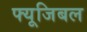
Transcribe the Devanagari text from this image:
फ्यूजिबल